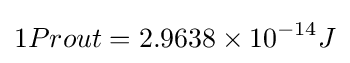
1Prout=2.9638\times 10^{-14}J